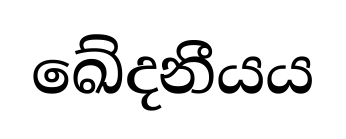
ඛේදනීයය